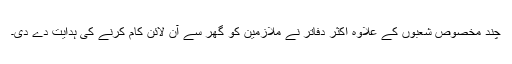
چند مخصوص شعبوں کے علاوہ اکثر دفاتر نے ملازمین کو گھر سے آن لائن کام کرنے کی ہدایت دے دی۔